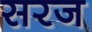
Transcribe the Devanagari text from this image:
सरज